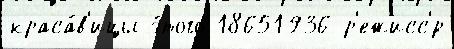
краса́в'ицы э́того 18651936 р'ежисс'́р